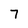
Character: 7